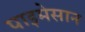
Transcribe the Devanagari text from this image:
पाइमेसान